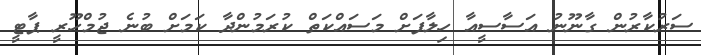
ސަރުކާރުން ގާނޫނު އަސާސީއާ ހިލާފަށް މަސައްކަތް ކުރަމުންދާ ކަމަށް ބުނެ ޖުމްހޫރީ ޕާޓީ